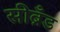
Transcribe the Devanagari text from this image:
सीब्रँड